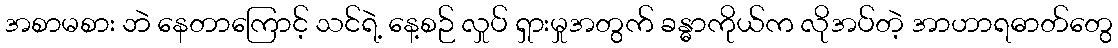
အစာမစား ဘဲ နေတာကြောင့် သင်ရဲ့ နေ့စဉ် လှုပ် ရှားမှုအတွက် ခန္ဓာကိုယ်က လိုအပ်တဲ့ အာဟာရဓာတ်တွေ